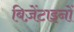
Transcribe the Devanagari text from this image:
बिज़ेंटाइनों